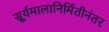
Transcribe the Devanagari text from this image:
सूर्यमालानिर्मितीनंतर